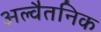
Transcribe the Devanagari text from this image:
अल्वैतनिक